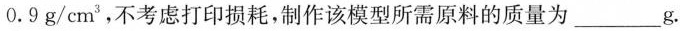
0.9g/cm^{3}，不考虑打印损耗，制作该模型所需原料的质量为___g。